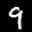
Label: 9